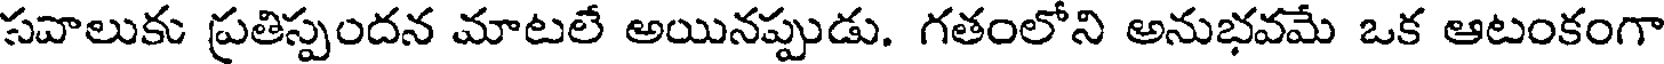
సవాలుకు ప్రతిస్పందన మాటలే అయినప్పుడు. గతంలోని అనుభవమే ఒక ఆటంకంగా